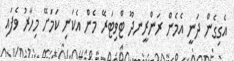
އެގިގެން ދަނީ އެމެން ރަންރީނދޫ ޓްވިޓަރޭ މެން އެކަނި ކަމަށޭ މިހާރު ވެފައި